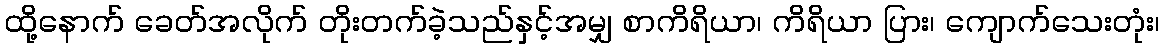
ထို့နောက် ခေတ်အလိုက် တိုးတက်ခဲ့သည်နှင့်အမျှ စာကိရိယာ၊ ကိရိယာ ပြား၊ ကျောက်သေးတုံး၊